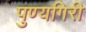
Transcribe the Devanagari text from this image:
पुण्यगिरी